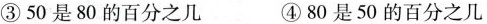
③50是80的百分之几 ④80是50的百分之几